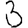
Digit: 3